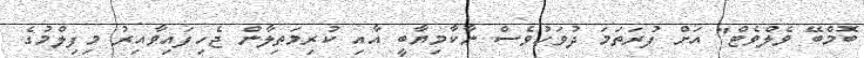
ބޮމްބޭ ވެލްވެޓް" އަށް ފުރަތަމަ ދުވަހުވެސް ނާކާމިޔާބީ އާއި ކުރިމަތިލާން ޖެހިފައިވާއިރު މިފިލްމުގެ